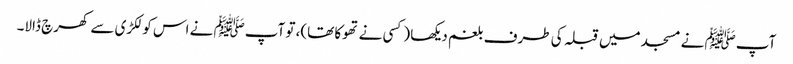
آپﷺ نے مسجد میں قبلہ کی طرف بلغم دیکھا (کسی نے تھوکا تھا)، تو آپﷺ نے اس کو لکڑی سے کھرچ ڈالا۔